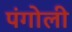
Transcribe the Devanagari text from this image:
पंगोली